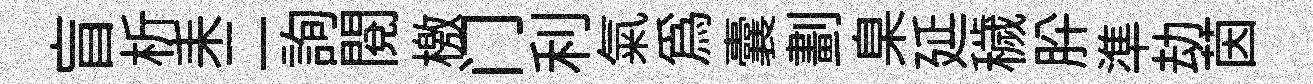
盲析耒二詢閱檄门利氣爲囊劃臬延穢肸準劫茵